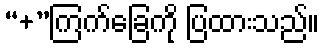
“+”ကြက်ခြေကို ပြထားသည်။